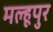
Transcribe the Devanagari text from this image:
मल्हूपुर